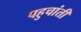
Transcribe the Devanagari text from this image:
पहुचांती